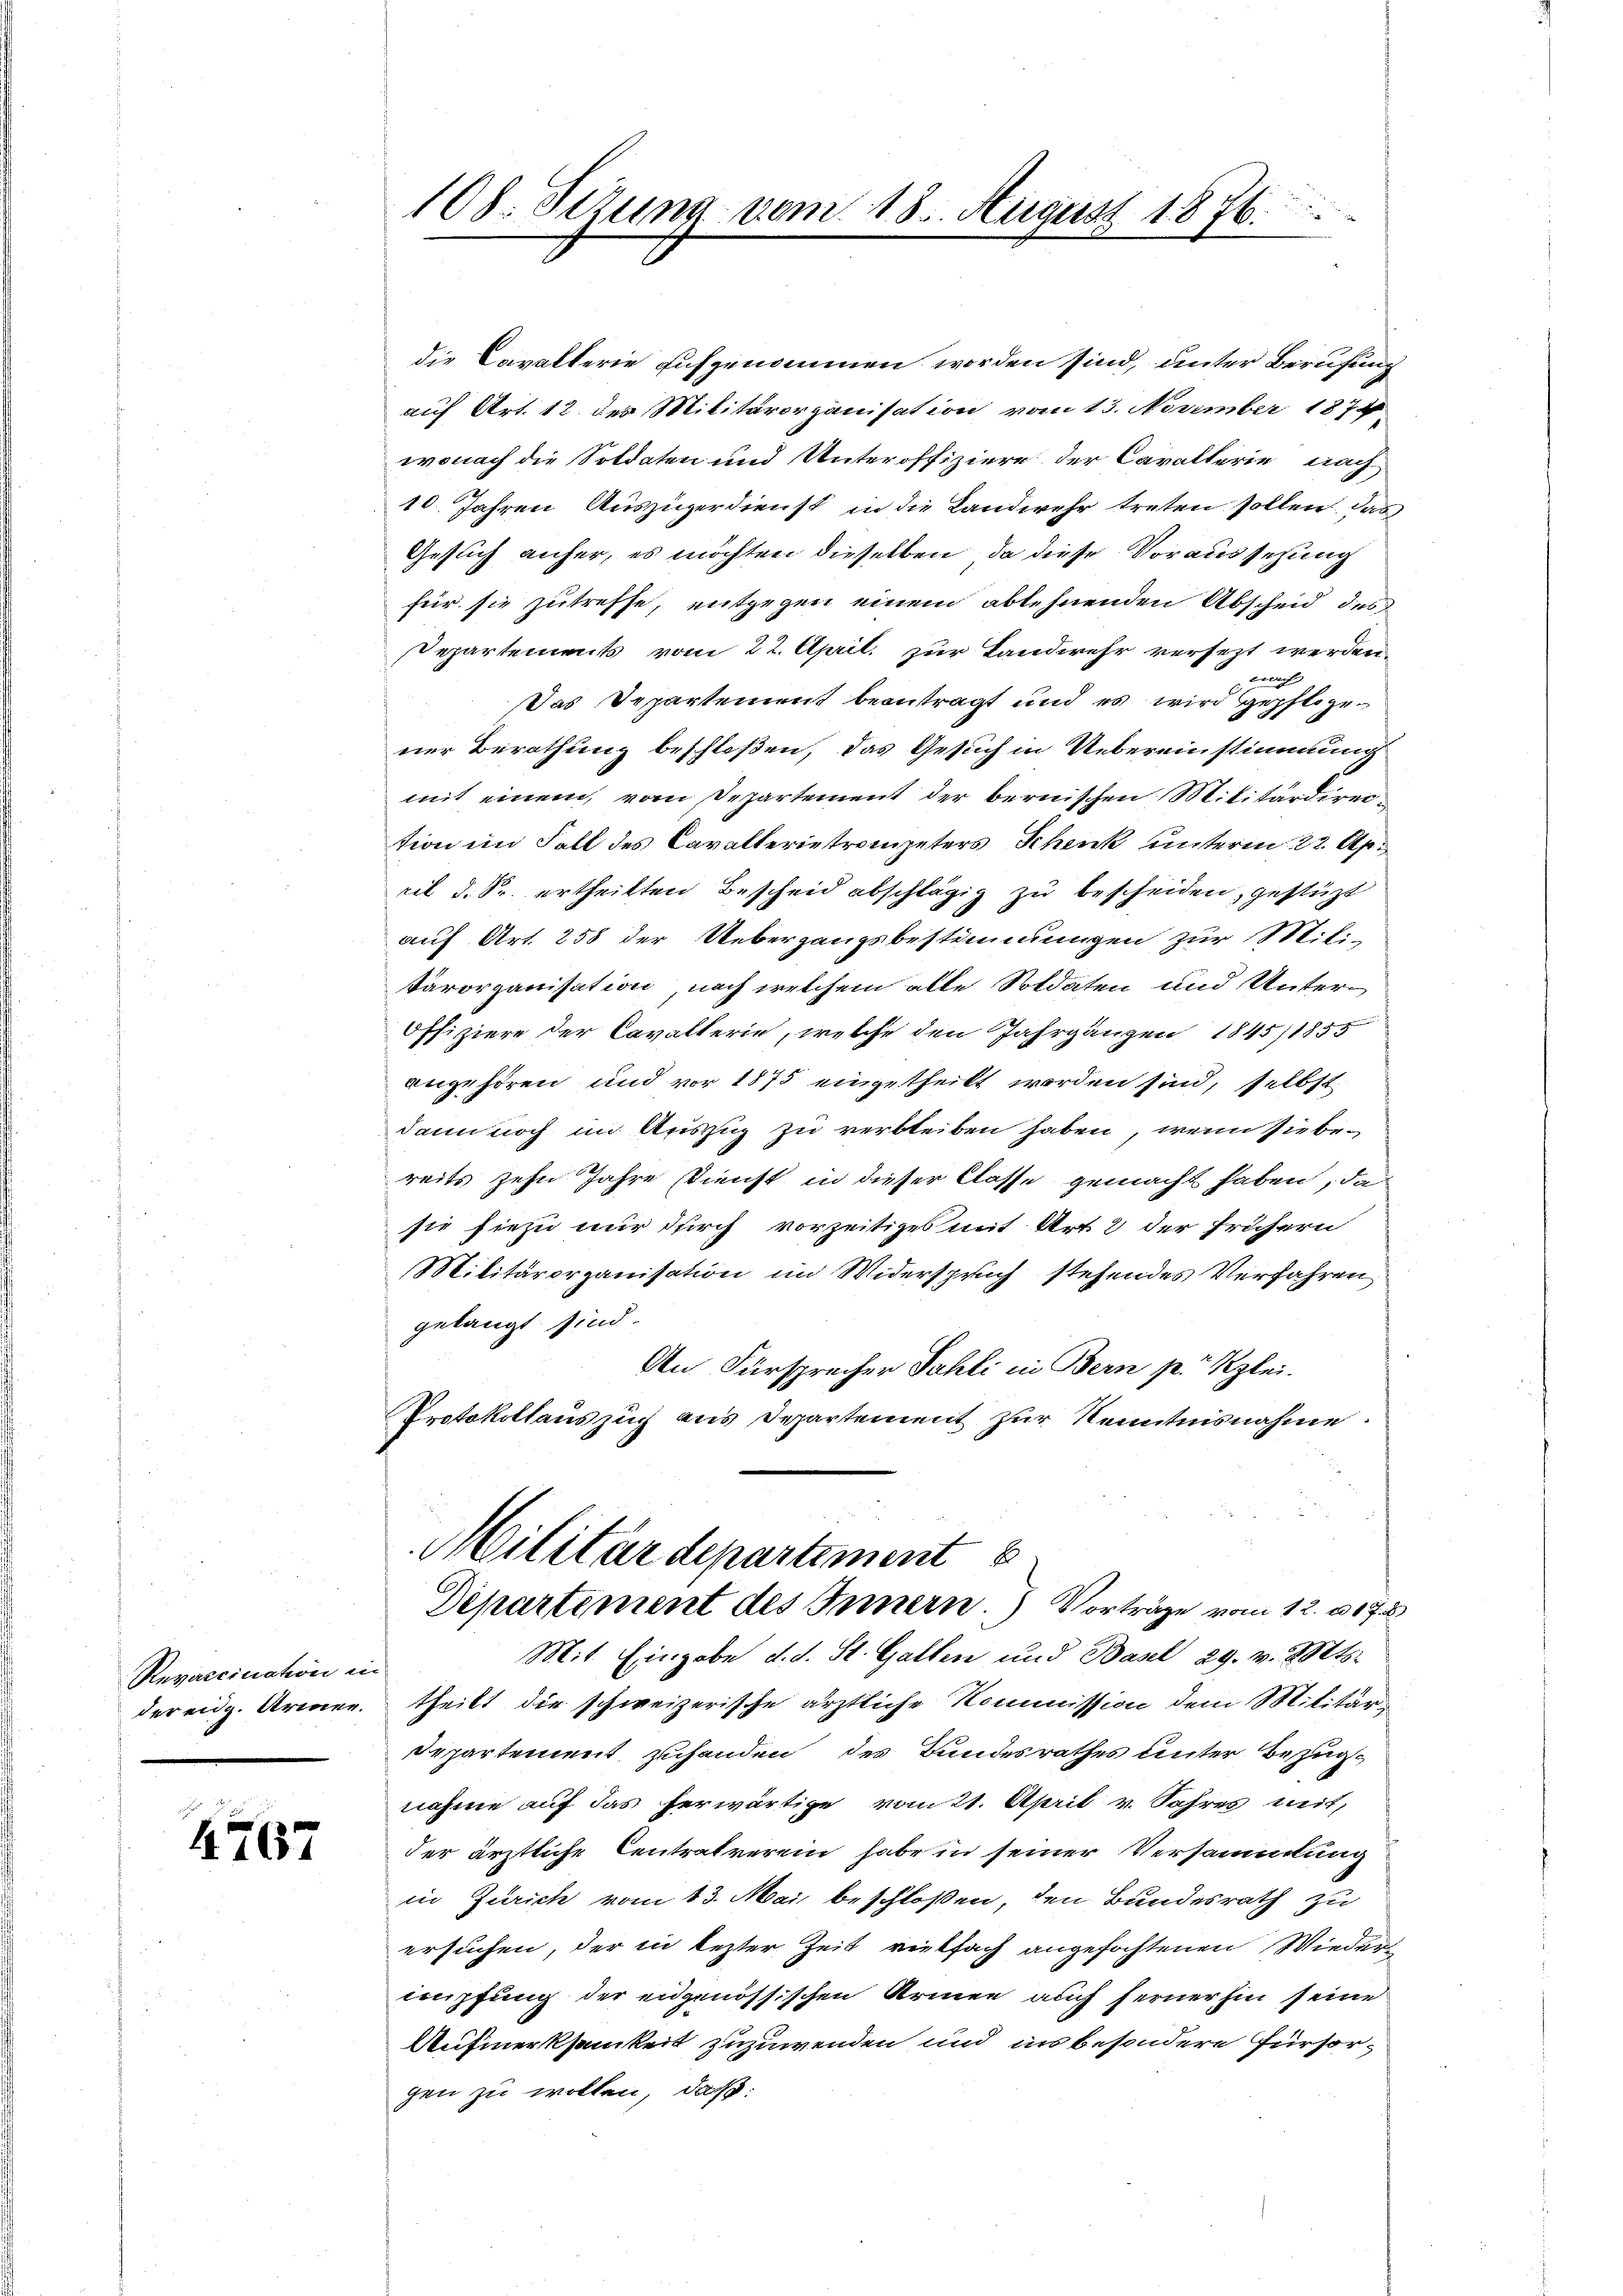
Revaccination in

4767

die Cavalterie aufgenommen worden sind, unter Berufung
auf Art. 12 des Militärorganisation vom 13. November 1874
wonach die Soldaten und Unteroffiziere der Cavallerie nach
10. Jahren Auszügerdienst in die Landwehr treten sollen. Das
Geslich anher, es möchten dieselben, da diese Voraussezung
für sie zutreffe, entgegen einem ablehnenden Abscheid des
Departements vom 22. April. zur Landwehr versezt werden
mnach
Das Departement beantragt und es wird gepflogener Berathung beschloßen, das Gesuch in Uebereinstimmung
mit einem, vom Departement der bernischen Militärdirection im Fall des Cavallerietrompeters Schenk unteren 22. Ap
ril d. Sr. ertheilten Bescheid abschlägig zu bescheiden, gestüzt
auf Art. 258 der Uebergangsbestimmungen zur Mili-
kärorganisation, nach welchem alle Soldaten und Unter-
Offiziere der Cavalterie, welche den Jahrgänzen 1845/1855
angehören und vor 1875 eingetheilt worden sind, selbst
dann noch im Auszug zu verbleiben haben, wenn sie bereits zehn Jahre Dienst in dieser Classe gemacht haben, da
sie hiezu nur durch vorzeitiges mit Art. 2 der frühern
Militärorganisation im Widerspruch stehendes Verfahren
gelangt sind.
An Fürsprecher Sahli in Bern p. Kzlei.
Protokollauszug aus Departement zur Kenntnisnahme.
Militärdepartement
Departement des Innern. Vorträge vom 12. 175
Mit Eingabe d. d. St. Gallen und Basel 29. v. Mts.
der eidg. Armen. Theilt die schweizerische ärztliche Kommission dem Militär¬
Departement zuhanden des Bundesrathes unter Bezugnahme auf das herwärtige vom 21. April v. Jahres weit,
der ärztliche Centratverein habe in seiner Versammlung
in Zürich vom 13. Mai beschloßen, den Bundesrath zu
ersuchen, der in lezter Zeit vielfach angefochtenen Wiedernüpfung der eidgenössischen Krinen auch ferner hin seine
Aufmerksamkeit zuzuwenden und ins besondere Fürsorgen zu wollen, daß:

108. Setzung vom 18. August 1876.